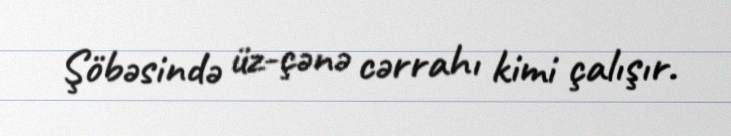
Şöbəsində üz-çənə cərrahı kimi çalışır.